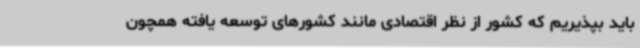
باید بپذیریم که کشور از نظر اقتصادی مانند کشورهای توسعه یافته همچون